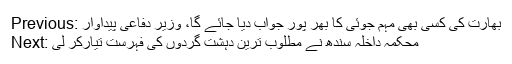
Previous: بھارت کی کسی بھی مہم جوئی کا بھر پور جواب دیا جائے گا، وزیر دفاعی پیداوار
Next: محکمہ داخلہ سندھ نے مطلوب ترین دہشت گردوں کی فہرست تیارکر لی